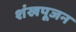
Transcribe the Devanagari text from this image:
शंखपूजन